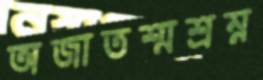
অজাতশ্মশ্রম্ন